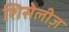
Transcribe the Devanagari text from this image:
शिसेलीज़